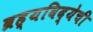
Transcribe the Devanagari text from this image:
ब्रह्यविद्येची